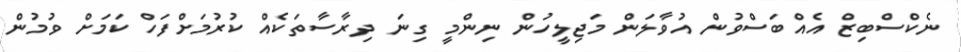
ނެކްސްބިޒް އެއްބަސްވުން އުވާލަން މަޖިލީހުން ނިންމީ ގިނަ ދިރާސާތަކެއް ކުރުމަށްފަހް ކަމަށް ވުމުން